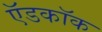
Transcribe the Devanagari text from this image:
ऍडकॉक